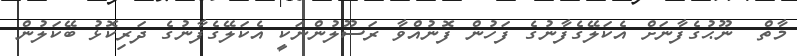
މާތް  ނޫޙުގެފާނަށް އެކަލޭގެފާނުގެ ފަހުން ފޮނުއްވާ ރަސޫލުންނަކީ އެކަލޭގެފާނުގެ ދަރިކޮޅު ބޭކަލުން